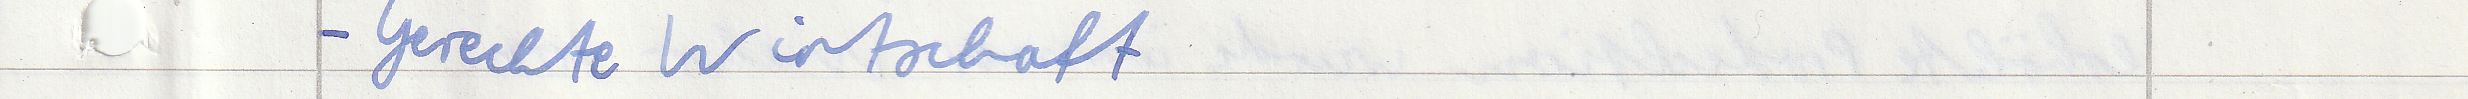
- Gerechte Wirtschaft